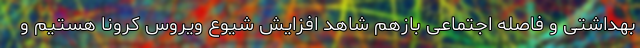
بهداشتی و فاصله اجتماعی بازهم شاهد افزایش شیوع ویروس کرونا هستیم و